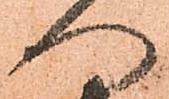
へ